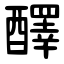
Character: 醳